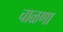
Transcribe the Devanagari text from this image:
चाळणा